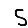
Digit: 5